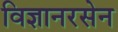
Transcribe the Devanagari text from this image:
विज्ञानरसेन